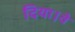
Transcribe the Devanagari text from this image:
दिया।वे